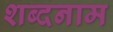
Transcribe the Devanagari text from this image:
शब्दनाम